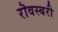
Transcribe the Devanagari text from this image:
रॊवस्बरी